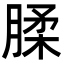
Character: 腬